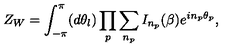
Z _ { W } = \int _ { - \pi } ^ { \pi } ( d \theta _ { l } ) \prod _ { p } \sum _ { n _ { p } } I _ { n _ { p } } ( \beta ) e ^ { i n _ { p } { \theta } _ { p } } ,